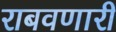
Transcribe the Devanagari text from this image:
राबवणारी